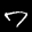
Label: 7